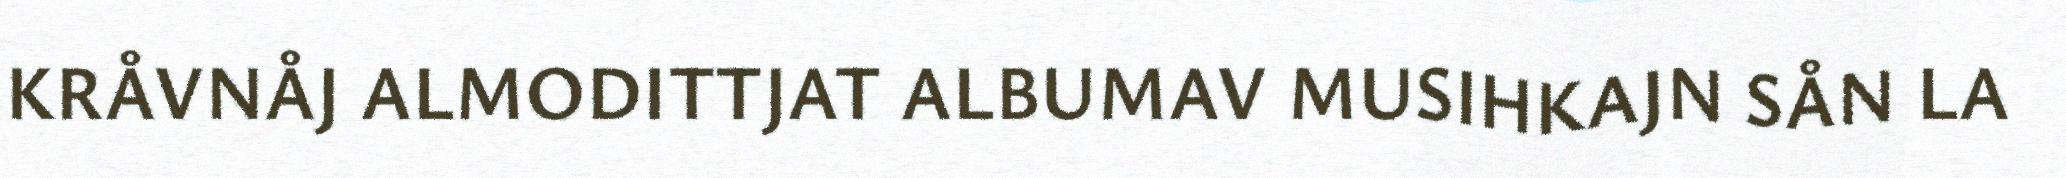
KRÅVNÅJ ALMODITTJAT ALBUMAV MUSIHKAJN SÅN LA